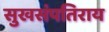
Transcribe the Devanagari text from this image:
सुखसंपतिराय